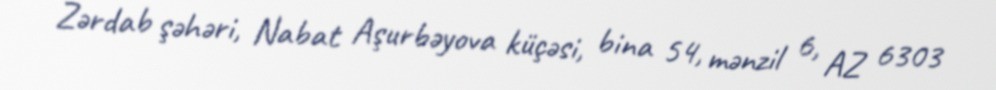
Zərdab şəhəri, Nabat Aşurbəyova küçəsi, bina 54, mənzil 6, AZ 6303